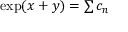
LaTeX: \textstyle \exp ( x + y ) = \sum c _ { n }